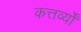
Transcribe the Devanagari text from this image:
कत्तर्व्यों